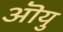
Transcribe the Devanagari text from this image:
ऒयु